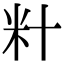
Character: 籵